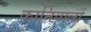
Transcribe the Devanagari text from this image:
कार्निवालों